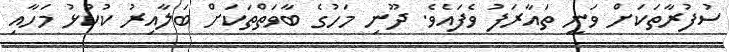
ސުފުރާތަކަށް ވަނީ ތައާރަފު ވެފައެވެ. ދޫނި މަހުގެ ބާވަތްތަކަށް ބަލާއިރު ކުކުޅު މަހާއި